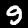
Label: 9